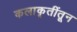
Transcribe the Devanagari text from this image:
कलाकृतींतून